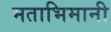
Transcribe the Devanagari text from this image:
मताभिमानी